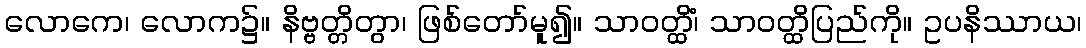
လောကေ၊ လောက၌။ နိဗ္ဗတ္တိတွာ၊ ဖြစ်တော်မူ၍။ သာဝတ္ထိံ၊ သာဝတ္ထိပြည်ကို။ ဥပနိဿာယ၊